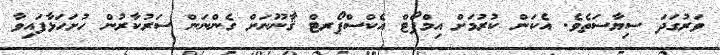
ވަރުގަދަ ސިޔާސަތެވެ. އެކަން ކުރުމަށް އިމްޕޯޓް އެކްސްޕޯރޓް ޤާނޫނަށް ގެންނަން ސަރުކާރުން ހުށަހަޅާފައިވާ